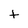
Character: t